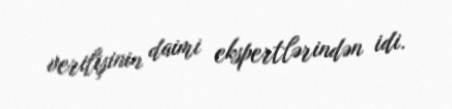
verilişinin daimi ekspertlərindən idi.